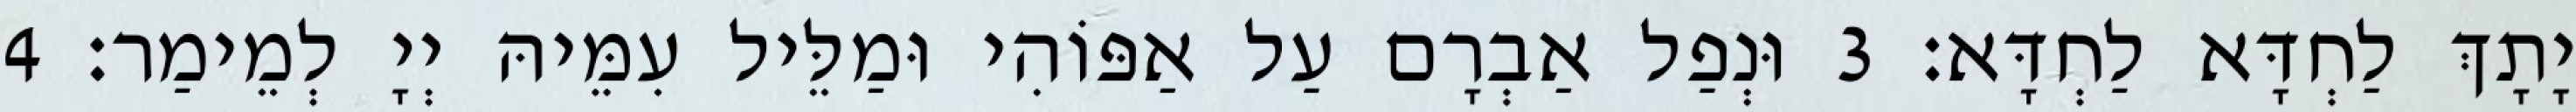
יָתָךְ לַחְדָּא לַחְדָּא׃ 3 וּנְפַל אַבְרָם עַל אַפּוֹהִי וּמַלֵּיל עִמֵּיהּ יְיָ לְמֵימַר׃ 4